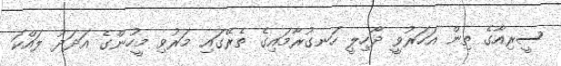
ސީރިއާގެ ތިން އަހަރުވީ ދާހިލީ ހަނގުރާމައިގެ ތެރޭގައި މަރުވި މީހުންގެ އަދަދު ލައްކަ